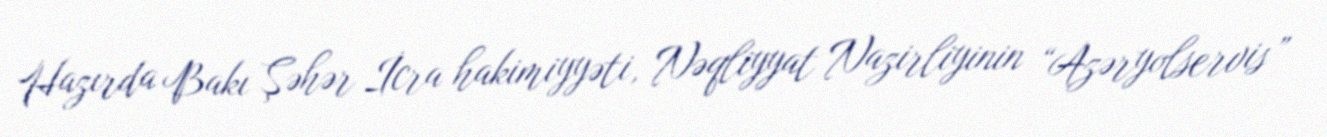
Hazırda Bakı Şəhər İcra hakimiyyəti, Nəqliyyat Nazirliyinin “Azəryolservis”